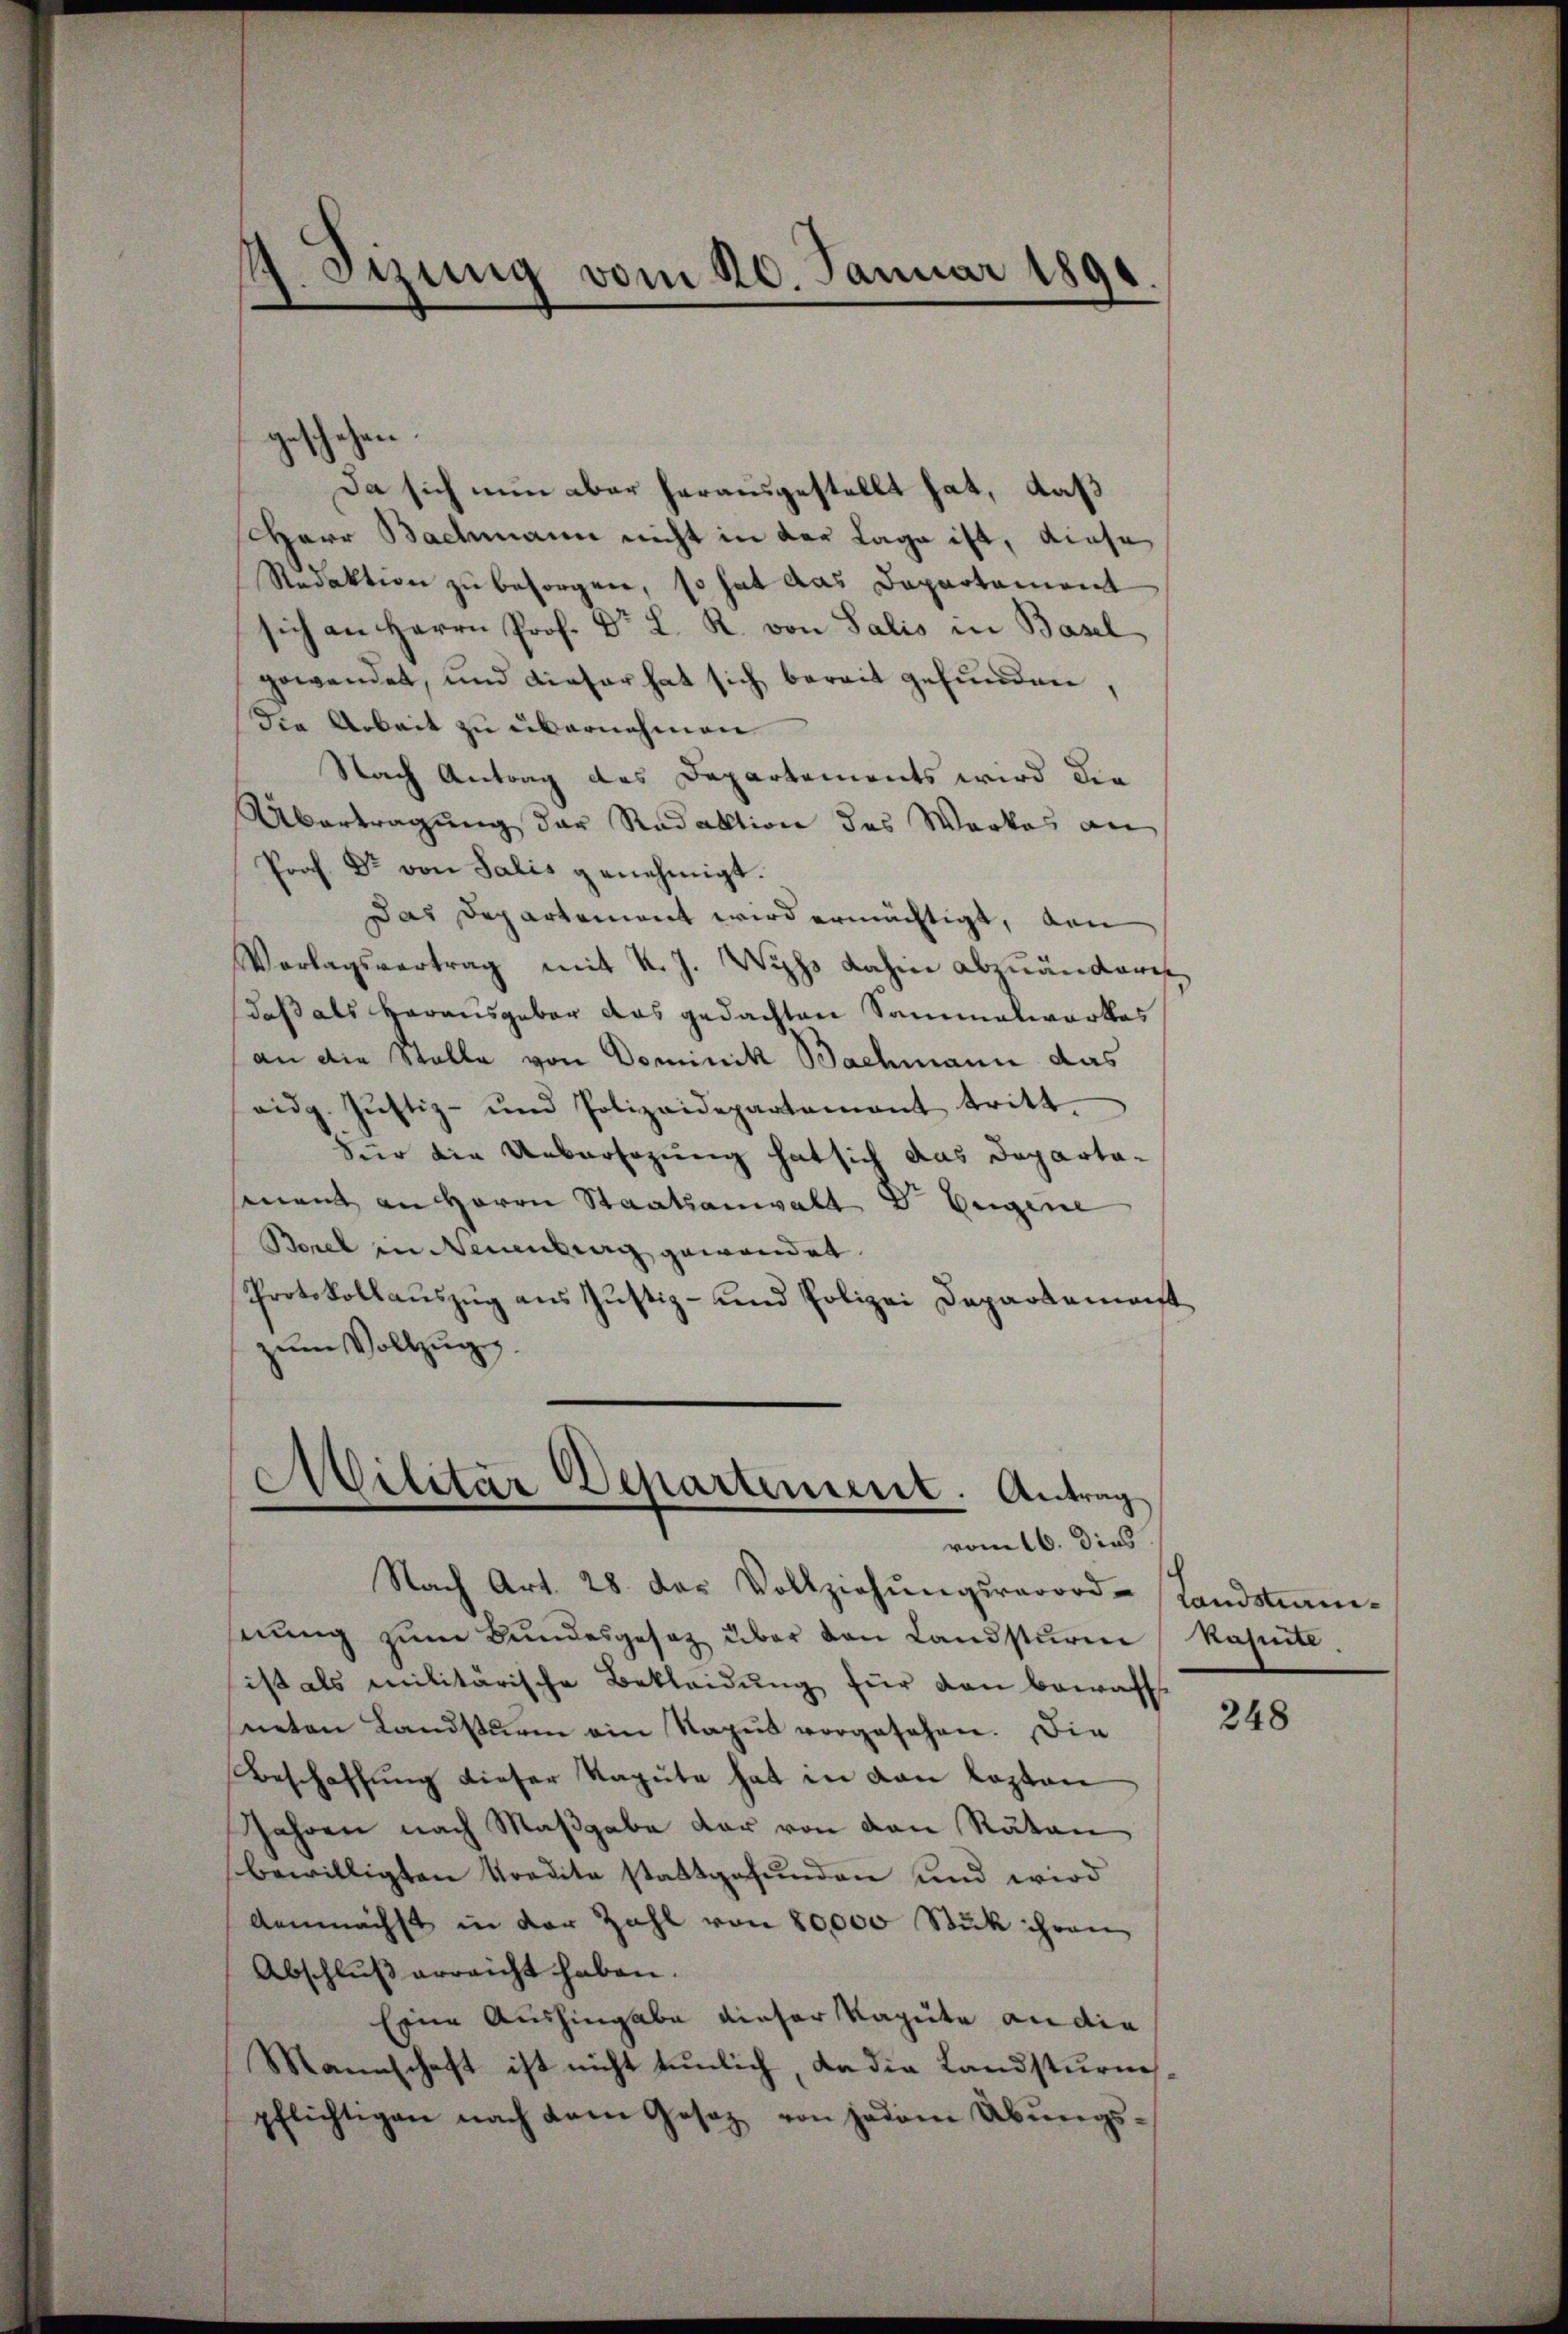
.
dirung vom 20. Januar 1890.
e

Da sich nun aber herausgestellt hat, daß
HHerr Bachmann nicht in der Lage ist, diese
Redaktion zu besorgen, so hat das Departament
sich an Herrn Prof. Dr. L. R. von Salis in Basel
gewendet, und dieser hat sich bereit gefŭnden,
die Arbeit zu übernehmen
Nach Antrag des Departements wird die
Übertragung der Redaktion des Werkes an
Prof. Dr von Salis genehmigt.
Das Departement wird ermächtigt, den
Vorlagsvertrag mit k. J. Wyss dahin abzuändere
daß als Horausgeber das gedachten Sammelwerkes
an die Stalle von Dominik Bachmann das
eidg. Jŭstiz- und Polizeidepartement tritt.
Für die Uebersezung hat sich das Departamant an Herrn Staatsanwalt Dr. Eingene
Borel in Neuenburg gewandet.
Protokollauszug aus Justiz- und Polizei Departement
zŭm Vollzugg.

geschehen

Militär Departement. Antrag
e
vom 16. dies

nung zum Bundesgesetz über den Landsturm
ist als militärische Bekleidung für den bewaff
neten Landsturm ein Ragus vorgesehen. Die
Beschaffung dieser Ragute hat in den Kapton
Jahren nach Maßgabe der von den Räten
bewilligten Kredita stattgefunden und wird
Aemnächst in der Zahl von 20,000 Stück ihren
Abschlŭβ erreicht haben.
Eine Aushingabe dieser Vagute an die
Mannschaft ist nicht tunlich, da die Landsturmspflichtigen nach dem Gesetz von jedem Übŭngs-

Nach Art. 28. das Vollziehŭngsrarord-Landsam-

kasirte

248